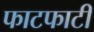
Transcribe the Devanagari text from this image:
फाटफाटी